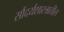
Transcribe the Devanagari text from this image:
सौंदर्यशास्त्रातील